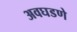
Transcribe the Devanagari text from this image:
अवघडणे